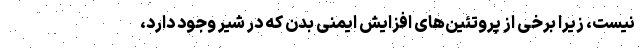
نیست، زیرا برخی از پروتئین‌های افزایش ایمنی بدن که در شیر وجود دارد،